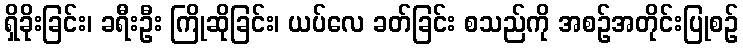
ရှိခိုးခြင်း၊ ခရီးဦး ကြိုဆိုခြင်း၊ ယပ်လေ ခတ်ခြင်း စသည်ကို အစဉ်အတိုင်းပြုစဉ်